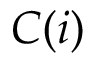
C ( i )